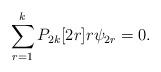
LaTeX: \begin{align*}\sum_{r=1}^{k} P_{2k}[2r]r\psi_{2r}=0.\end{align*}